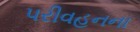
પરીવહનના